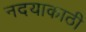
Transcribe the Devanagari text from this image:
नदयाकाठी